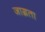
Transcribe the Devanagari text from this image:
जाग्रता